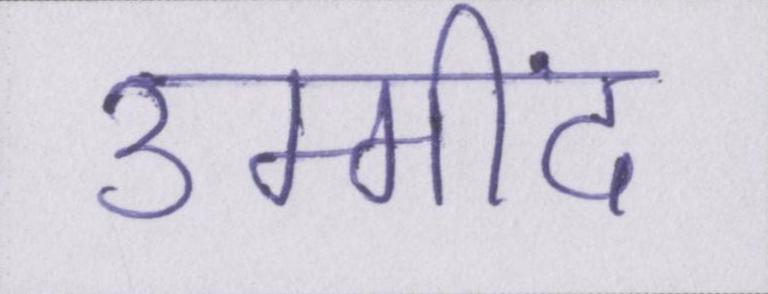
उम्मींद